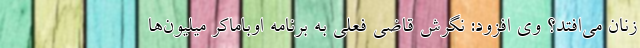
زنان می‌افتد؟ وی افزود: نگرش قاضی فعلی به برنامه اوباماکر میلیون‌ها